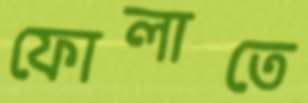
ফোলাতে